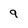
Character: 9